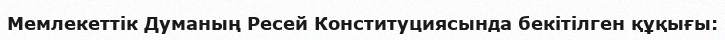
Мемлекеттік Думаның Ресей Конституциясында бекітілген құқығы: